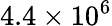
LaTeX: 4.4\times 10^{6}